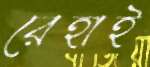
রেহাই